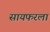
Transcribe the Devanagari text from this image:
सायफरला